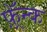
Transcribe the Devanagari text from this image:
फ़्रॅन्क